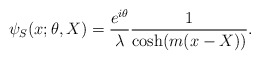
\begin{align*}\psi_{S}(x;\theta,X)=\frac{e^{i\theta}}{\lambda}\frac{1}{\cosh(m(x-X))}.\end{align*}